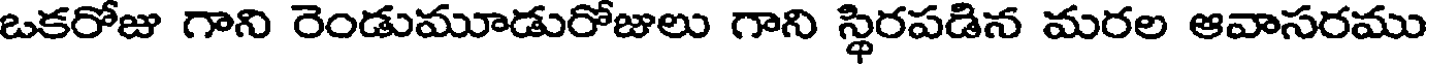
ఒకరోజు గాని రెండుమూడురోజులు గాని స్థిరపడిన మరల ఆవాసరము